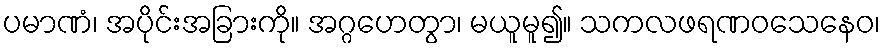
ပမာဏံ၊ အပိုင်းအခြားကို။ အဂ္ဂဟေတွာ၊ မယူမူ၍။ သကလဖရဏဝသေနေဝ၊